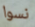
نسوا